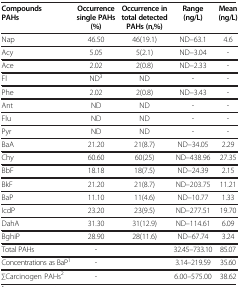
<table><thead><tr><td><b>Compounds PAHs</b></td><td><b>Occurrence single PAHs (%)</b></td><td><b>Occurrence in total detected PAHs (n,%)</b></td><td><b>Range (ng/L)</b></td><td><b>Mean (ng/L)</b></td></tr></thead><tbody><tr><td>Nap</td><td>46.50</td><td>46(19.1)</td><td>ND–63.1</td><td>4.6</td></tr><tr><td>Acy</td><td>5.05</td><td>5(2.1)</td><td>ND–3.04</td><td>-</td></tr><tr><td>Ace</td><td>2.02</td><td>2(0.8)</td><td>ND–2.33</td><td>-</td></tr><tr><td>Fl</td><td>ND<sup>3</sup></td><td>ND</td><td>-</td><td>-</td></tr><tr><td>Phe</td><td>2.02</td><td>2(0.8)</td><td>ND–3.43</td><td>-</td></tr><tr><td>Ant</td><td>ND</td><td>ND</td><td>-</td><td>-</td></tr><tr><td>Flu</td><td>ND</td><td>ND</td><td>-</td><td>-</td></tr><tr><td>Pyr</td><td>ND</td><td>ND</td><td>-</td><td>-</td></tr><tr><td>BaA</td><td>21.20</td><td>21(8.7)</td><td>ND–34.05</td><td>2.29</td></tr><tr><td>Chy</td><td>60.60</td><td>60(25)</td><td>ND–438.96</td><td>27.35</td></tr><tr><td>BbF</td><td>18.18</td><td>18(7.5)</td><td>ND–24.39</td><td>2.15</td></tr><tr><td>BkF</td><td>21.20</td><td>21(8.7)</td><td>ND–203.75</td><td>11.21</td></tr><tr><td>BaP</td><td>11.10</td><td>11(4.6)</td><td>ND–10.77</td><td>1.33</td></tr><tr><td>IcdP</td><td>23.20</td><td>23(9.5)</td><td>ND–277.51</td><td>19.70</td></tr><tr><td>DahA</td><td>31.30</td><td>31(12.9)</td><td>ND–114.61</td><td>6.09</td></tr><tr><td>BghiP</td><td>28.90</td><td>28(11.6)</td><td>ND–67.74</td><td>3.24</td></tr><tr><td>Total PAHs</td><td>-</td><td>[EMPTY_CELL]</td><td>32.45–733.10</td><td>85.07</td></tr><tr><td>Concentrations as BaP<sup>1</sup></td><td>-</td><td>[EMPTY_CELL]</td><td>3.14–219.59</td><td>35.60</td></tr><tr><td>∑Carcinogen PAHs<sup>2</sup></td><td>-</td><td>[EMPTY_CELL]</td><td>6.00–575.00</td><td>38.62</td></tr></tbody></table>